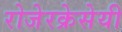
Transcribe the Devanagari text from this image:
रोजेरक्रेसेयी